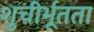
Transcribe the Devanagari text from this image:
शुचीर्भूतता